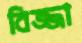
বিজ্জা